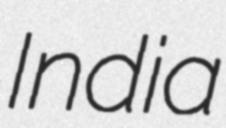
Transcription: India